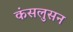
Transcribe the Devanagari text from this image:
कंसलुसन